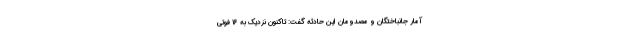
آمار جانباختگان و مصدومان این حادثه گفت: تاکنون نزدیک به ۱۶ فوتی